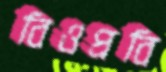
বিওপ্রবি